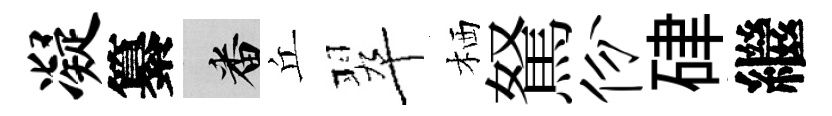
凝纂番丘翠栖駑份硉繼